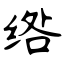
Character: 绺